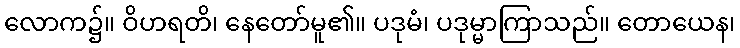
လောက၌။ ဝိဟရတိ၊ နေတော်မူ၏။ ပဒုမံ၊ ပဒုမ္မာကြာသည်။ တောယေန၊